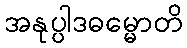
အနုပ္ပါဒဓမ္မောတိ